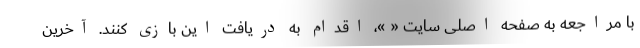
با مراجعه به صفحه اصلی سایت « »، اقدام به دریافت این بازی کنند. آخرین